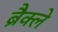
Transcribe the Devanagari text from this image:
ब्रैक्ले